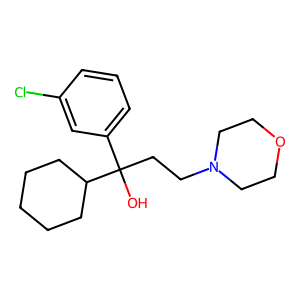
SMILES: OC(CCN1CCOCC1)(c1cccc(Cl)c1)C1CCCCC1
Inhibits HIV replication: No